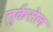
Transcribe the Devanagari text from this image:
तुर्कसेल